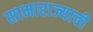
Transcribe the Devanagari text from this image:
सामाराज्याची